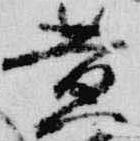
黄